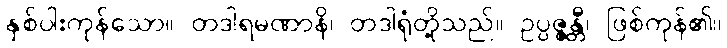
နှစ်ပါးကုန်သော။ တဒါရမဏာနိ၊ တဒါရုံတို့သည်။ ဥပ္ပဇ္ဇန္တီ၊ ဖြစ်ကုန်၏။